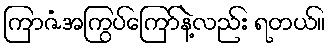
ကြာဇံအကြွပ်ကြော်နဲ့လည်း ရတယ်။